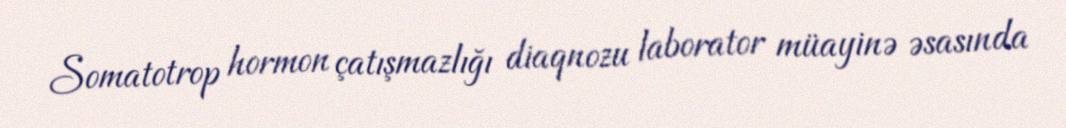
Somatotrop hormon çatışmazlığı diaqnozu laborator müayinə əsasında